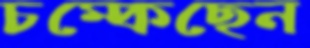
চম্‌কেছেন